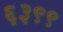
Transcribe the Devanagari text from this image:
६३९९